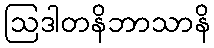
ဩဒါတနိဘာသာနိ